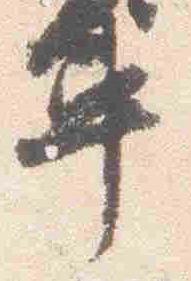
車